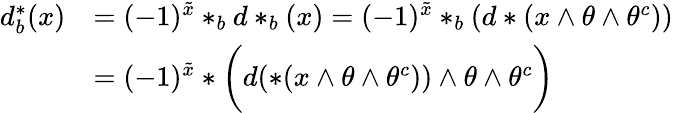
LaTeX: \begin{array}{rl}{d_{b}^{*}(x)}&{=(-1)^{\tilde{x}}*_{b}d*_{b}(x)=(-1)^{\tilde{x}}*_{b}(d*(x\wedge\theta\wedge\theta^{c}))}\\ &{=(-1)^{\tilde{x}}*\bigg(d(*(x\wedge\theta\wedge\theta^{c}))\wedge\theta\wedge\theta^{c}\bigg)}\end{array}